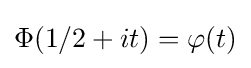
\Phi (1/2+it)=\varphi (t)